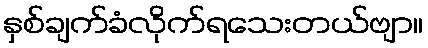
နှစ်ချက်ခံလိုက်ရသေးတယ်ဗျာ။